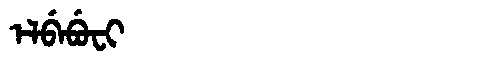
Manchu: ᡝᠯᠪᡝᠪᡠᠸᡳ
Romanization: ELBEBUFI